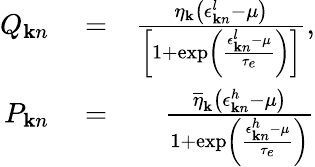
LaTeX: \begin{array}{rlr}{Q_{{\mathbf k}n}}&{{}=}&{\frac{\eta_{\mathbf k}\left(\epsilon_{{\mathbf k}n}^{l}-\mu\right)}{\left[1+\exp\left(\frac{\epsilon_{{\mathbf k}n}^{l}-\mu}{\tau_{e}}\right)\right]},}\\ {P_{{\mathbf k}n}}&{{}=}&{\frac{\overline{{\eta}}_{\mathbf k}\left(\epsilon_{{\mathbf k}n}^{h}-\mu\right)}{1+\exp\left(\frac{\epsilon_{{\mathbf k}n}^{h}-\mu}{\tau_{e}}\right)}}\end{array}